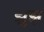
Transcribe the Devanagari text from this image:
झ़ुझ़